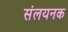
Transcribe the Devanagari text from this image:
संलयनक